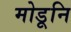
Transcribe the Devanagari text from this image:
मोडूनि